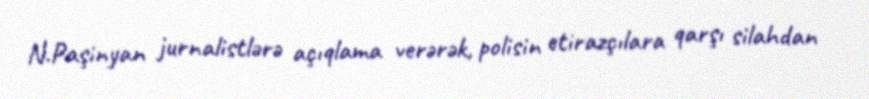
N.Paşinyan jurnalistlərə açıqlama verərək, polisin etirazçılara qarşı silahdan